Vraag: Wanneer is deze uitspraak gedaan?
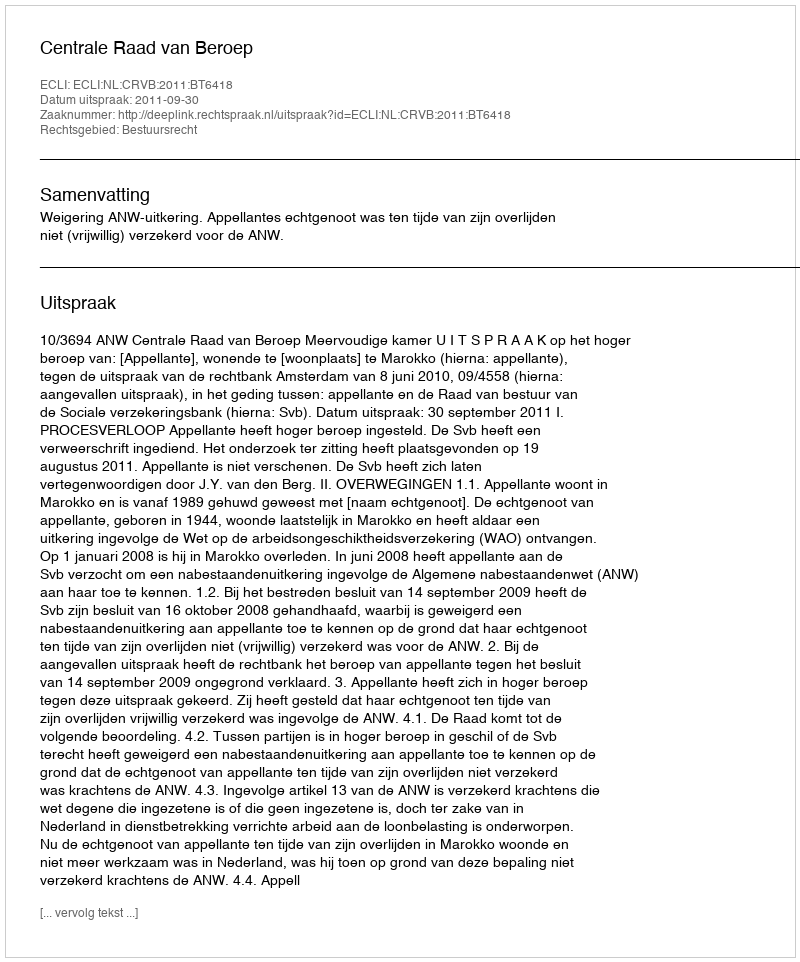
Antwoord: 2011-09-30